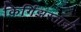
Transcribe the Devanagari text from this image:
किर्गिझस्तानी